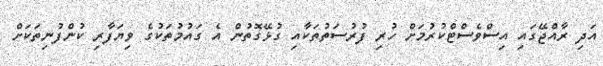
އަދި ރާއްޖޭގައި އިސްވެސްޓްކުރުމަށް ހުރި ފުރުސަތުތަކާއި ގުޅޭގޮތުން އެ ގައުމުތަކުގެ ވިޔަފާރި ކުންފުނިތަކަށް